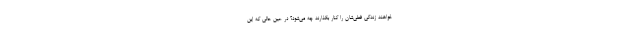
خواهند زندگی فعلی‌شان را کنار بگذارند چه می‌شود؟ در عین حالی که این